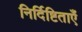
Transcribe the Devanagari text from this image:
निर्दिष्टिताएँ